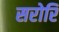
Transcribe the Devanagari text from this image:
सरोरि